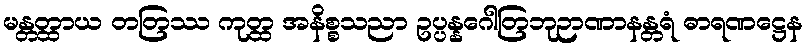
မန္တတ္ထာယ တတြဿ ကုတ္ထ အနိစ္စသညာ ဥပ္ပန္နဂေါတြဘုဉာဏာနန္တရံ ဓာရဏဋ္ဌေန